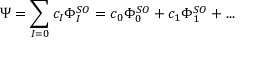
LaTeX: \Psi = \sum _ { I = 0 } c _ { I } \Phi _ { I } ^ { S O } = c _ { 0 } \Phi _ { 0 } ^ { S O } + c _ { 1 } \Phi _ { 1 } ^ { S O } + { . . . }